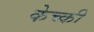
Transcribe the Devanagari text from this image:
केच्की